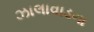
ઝાલાવાડના